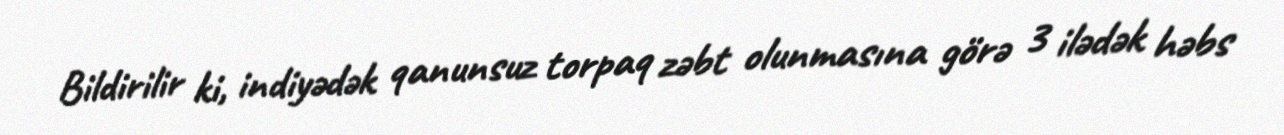
Bildirilir ki, indiyədək qanunsuz torpaq zəbt olunmasına görə 3 ilədək həbs